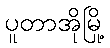
ပူတာအိုမြို့